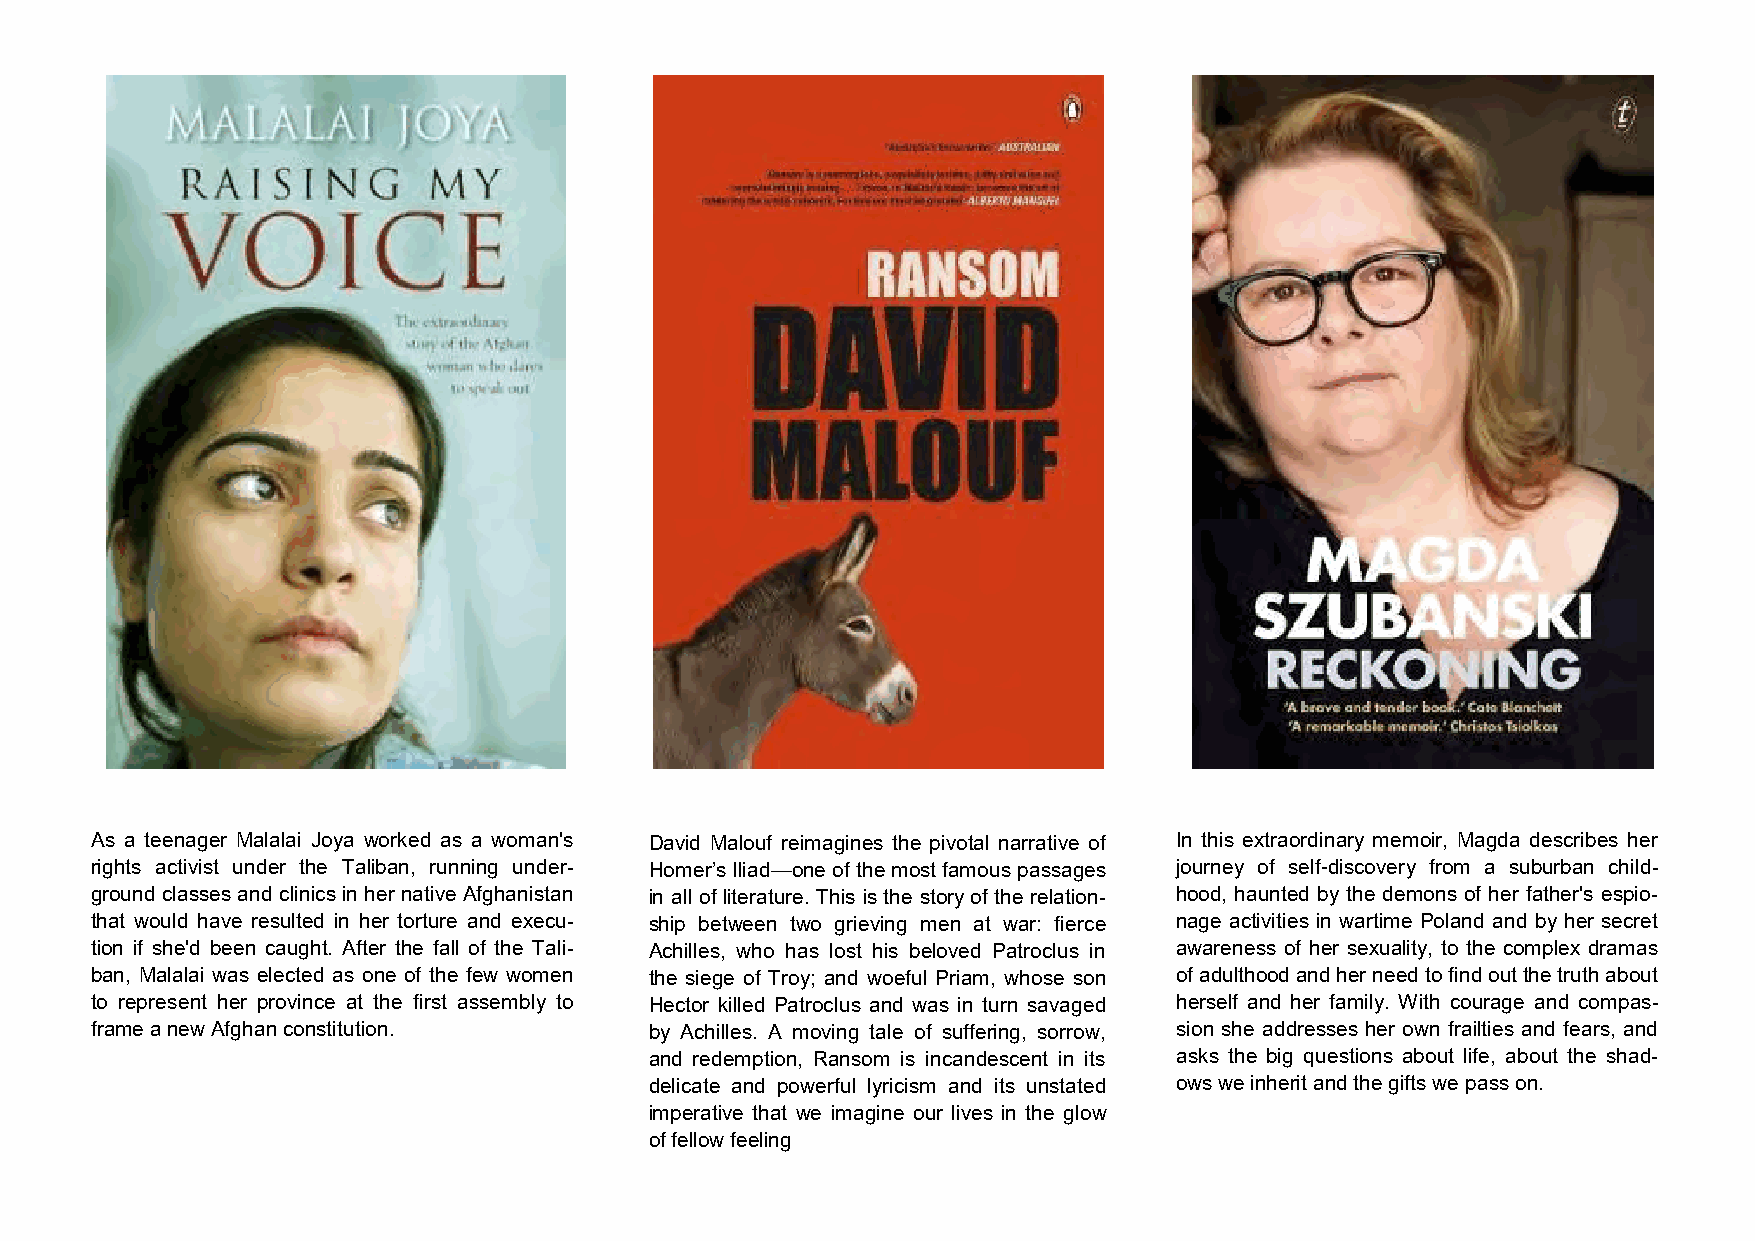
As a teenager Malalai Joya worked as a woman's David Malouf reimagines the pivotal narrative of In this extraordinary memoir, Magda describes her
 rights activist under the Taliban, running under- Homer’s Iliad—one of the most famous passages journey of self-discovery from a suburban child-
 ground classes and clinics in her native Afghanistan in all of literature. This is the story of the relation- hood, haunted by the demons of her father's espio-
 that would have resulted in her torture and execu- ship between two grieving men at war: fierce nage activities in wartime Poland and by her secret
 tion if she'd been caught. After the fall of the Tali- Achilles, who has lost his beloved Patroclus in awareness of her sexuality, to the complex dramas
 ban, Malalai was elected as one of the few women the siege of Troy; and woeful Priam, whose son of adulthood and her need to find out the truth about
 to represent her province at the first assembly to Hector killed Patroclus and was in turn savaged herself and her family. With courage and compas-
 frame a new Afghan constitution.     by Achilles. A moving tale of suffering, sorrow, sion she addresses her own frailties and fears, and
 and redemption, Ransom is incandescent in its asks the big questions about life, about the shad-
 delicate and powerful lyricism and its unstated ows we inherit and the gifts we pass on.
 imperative that we imagine our lives in the glow
 of fellow feeling